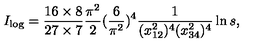
I _ { \log } = \frac { 1 6 \times 8 } { 2 7 \times 7 } \frac { \pi ^ { 2 } } { 2 } ( \frac { 6 } { \pi ^ { 2 } } ) ^ { 4 } \frac { 1 } { ( x _ { 1 2 } ^ { 2 } ) ^ { 4 } ( x _ { 3 4 } ^ { 2 } ) ^ { 4 } } \ln s ,